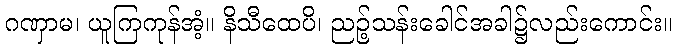
ဂဏှာမ၊ ယူကြကုန်အံ့။ နိသီထေပိ၊ ညဉ့်သန်းခေါင်အခါ၌လည်းကောင်း။